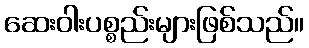
ဆေးဝါးပစ္စည်းများဖြစ်သည်။